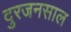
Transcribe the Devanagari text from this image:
दुरजनसाल